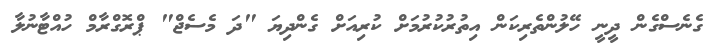
ގެނެސްގެން ދީނީ ހޭލުންތެރިކަން އިތުރުކުރުމަށް ކުރިއަށް ގެންދިޔަ "ދަ މެސެޖް" ޕްރޮގްރާމް ހުއްޓާނުލާ